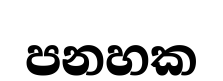
පනහක